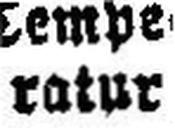
ratur